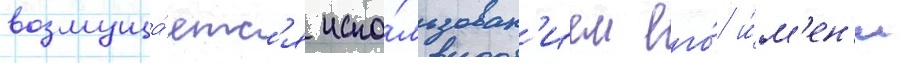
возмуща́етс'я испо́льзован'ием его́ и́м'ен'и